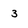
Character: 3